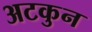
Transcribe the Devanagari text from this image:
अटकुन